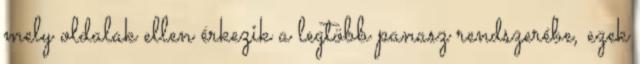
mely oldalak ellen érkezik a legtöbb panasz rendszerébe, ezek